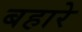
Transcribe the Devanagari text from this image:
बहारे